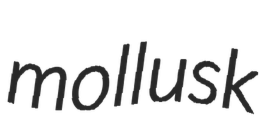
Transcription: mollusk